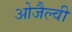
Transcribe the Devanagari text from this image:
ओजैल्वी